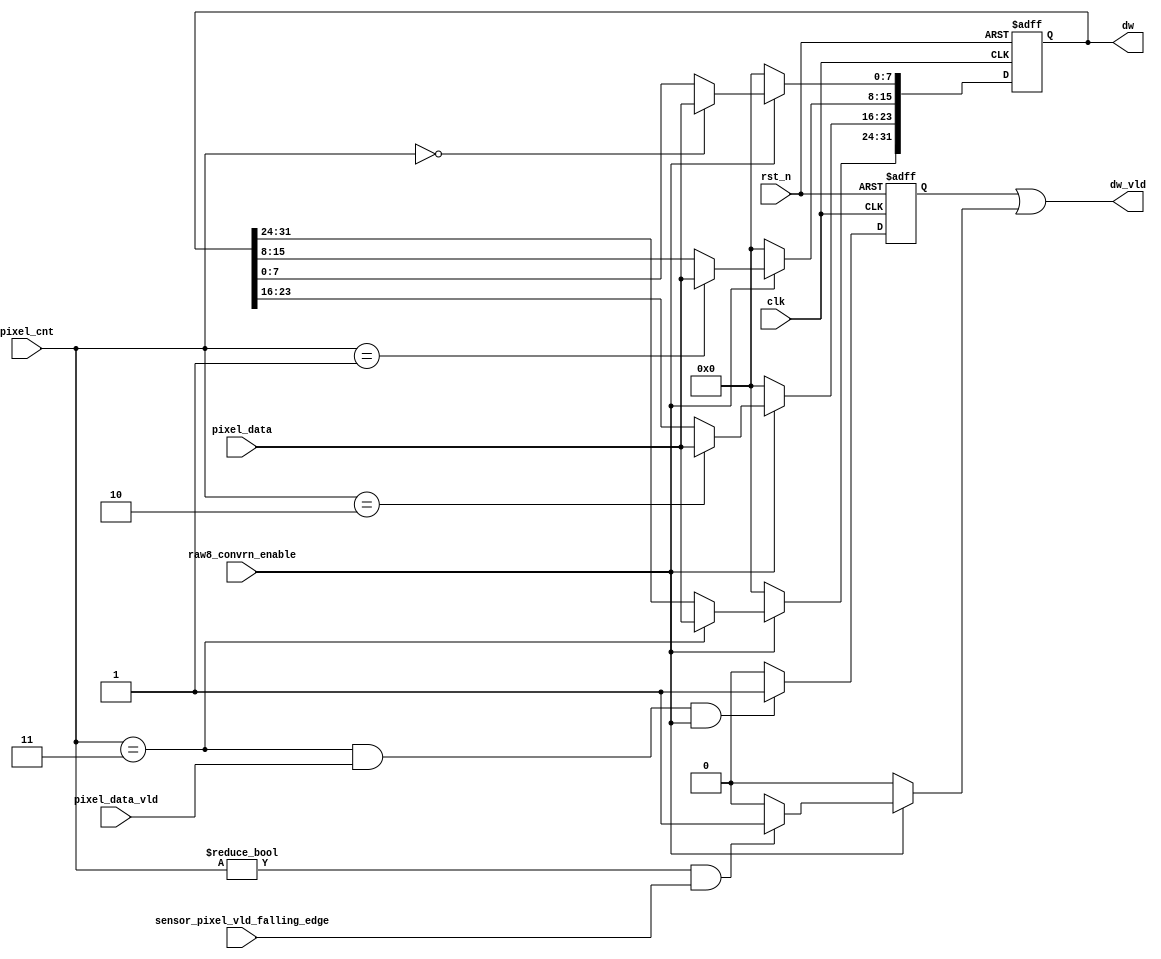
module csi2tx_raw8_p2b
 (
 input  wire        clk,
 input  wire        rst_n,
 input  wire [1:0]  pixel_cnt,
 input  wire [7:0]  pixel_data,
 input  wire        pixel_data_vld,
 input  wire        sensor_pixel_vld_falling_edge,
 input  wire        raw8_convrn_enable,
 output wire [31:0] dw,
 output wire        dw_vld
 );
 
 reg  [31:0] dw_reg;
 reg         dw_vld_s;
 wire        min_rxed_pkt_vld;

 /*---------------------------------------------------------------------------*/
 // Output valid generation, when the received packet is of 1,2,3 bytes
 // count is checked for one extra bcuase of falling edge detection of the vld
 // from the sensor interface
 
 assign min_rxed_pkt_vld = ( raw8_convrn_enable  ? 
                           ((( pixel_cnt != 0 ) && sensor_pixel_vld_falling_edge ) ? 1'b1 : 1'b0 ) 
                           : 1'b0 );
                           
 /*---------------------------------------------------------------------------*/
 // Logic to convert the pixel to dw
 // This is been registerd as this interface is expected to work at around 400Mhz
 always@(posedge clk or negedge rst_n)
 begin
  if ( rst_n == 1'b0 )
   dw_reg <= 32'b0;
  else if (raw8_convrn_enable)
   case(pixel_cnt)
    2'b00   : dw_reg[7:0]   <= pixel_data;
    2'b01   : dw_reg[15:8]  <= pixel_data;
    2'b10   : dw_reg[23:16] <= pixel_data;
    2'b11   : dw_reg[31:24] <= pixel_data;
    default : dw_reg[31:0]  <= 32'h0; 
   endcase
  else
   dw_reg <= 32'b0;   
 end 
 
 assign dw = dw_reg;
 
  // As the data valid is registered version, check the count one clock before
  always@(posedge clk or negedge rst_n)
  begin
   if ( rst_n == 1'b0 )
    dw_vld_s <= 1'b0;
   else if ( (pixel_cnt == 2'b11) && pixel_data_vld && raw8_convrn_enable)
    dw_vld_s <= 1'b1;
   else
    dw_vld_s <= 1'b0;              
  end
  
  assign dw_vld = dw_vld_s | min_rxed_pkt_vld;
endmodule